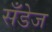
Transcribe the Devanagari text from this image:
सँडेज